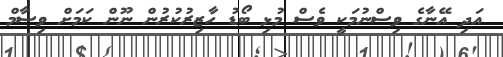
އަދި އޭނާގެ ވިސްނުމަކީ ވެސް މުޅި ބޯޑު ހާޒިރުކުރުން ނޫން ކަމަށް ވިސާމް